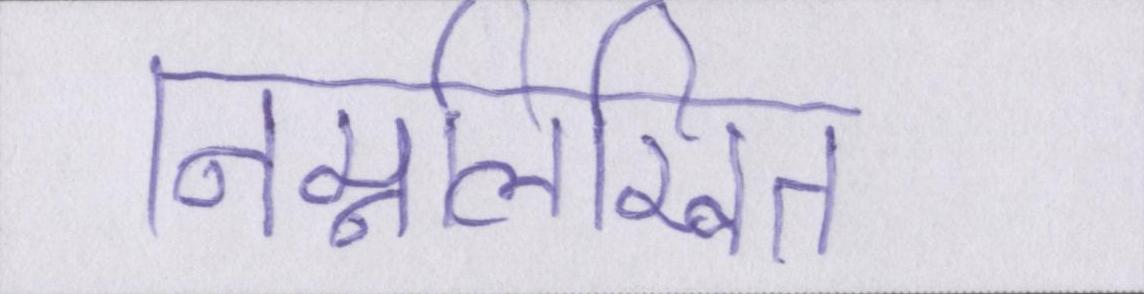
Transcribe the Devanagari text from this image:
निम्नलिखित